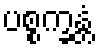
ပစ္စက္ခန္တံ